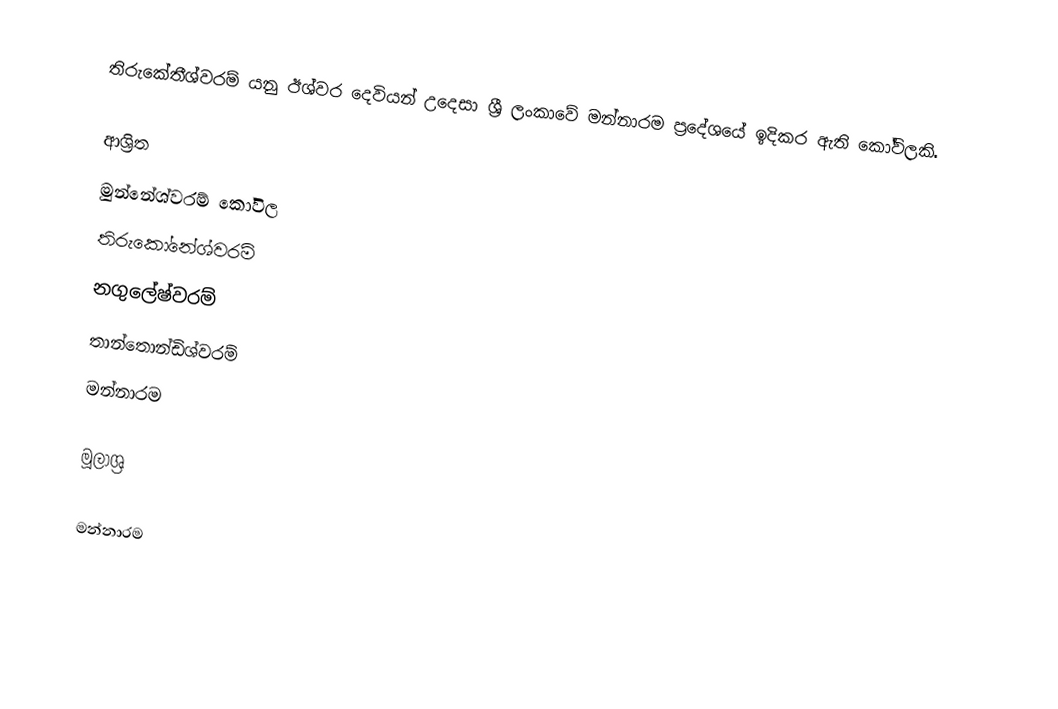
තිරුකේතීශ්වරම් යනු ඊශ්වර දෙවියන් උදෙසා ශ්‍රී ලංකාවේ මන්නාරම ප්‍රදේශයේ ඉදිකර ඇති කෝවිලකි.

ආශ්‍රිත
 මුන්නේශ්වරම් කෝවිල
 තිරුකෝනේශ්වරම්
 නගුලේෂ්වරම්
 තාන්තොන්ඩිශ්වරම්
 මන්නාරම

මූලාශ්‍ර

මන්නාරම